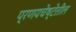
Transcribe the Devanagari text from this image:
प्रणयचेष्टेतील